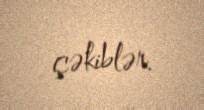
çəkiblər.